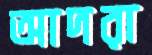
আদরা